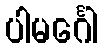
ပါမင်္ဂေါ